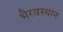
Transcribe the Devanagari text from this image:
भैरवस्थान